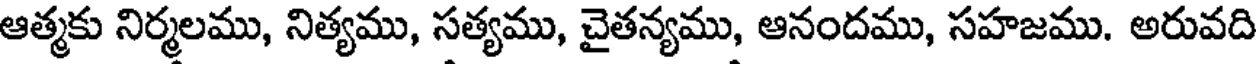
ఆత్మకు నిర్మలము, నిత్యము, సత్యము, చైతన్యము, ఆనందము, సహజము. అరువది